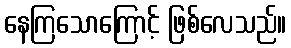
နေကြသောကြောင့် ဖြစ်လေသည်။